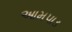
આમપાડ